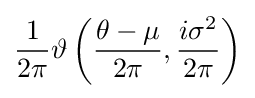
{\frac {1}{2\pi }}\vartheta \left({\frac {\theta -\mu }{2\pi }},{\frac {i\sigma ^{2}}{2\pi }}\right)